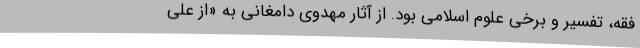
فقه، تفسیر و برخی علوم اسلامی بود. از آثار مهدوی دامغانی به «از علی